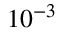
1 0 ^ { - 3 }